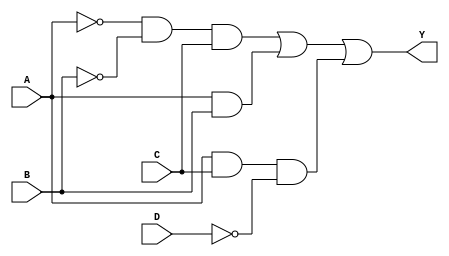
module sop_logic (
    input wire A,
    input wire B,
    input wire C,
    input wire D,
    output wire Y
);

// Intermediate signals for product terms
wire A_not, B_not, C_not, D_not;
wire term1, term2, term3;

// Invert the inputs
not (A_not, A);
not (B_not, B);
not (C_not, C);
not (D_not, D);

// Product terms
and (term1, A_not, B_not, C);  // A'B'C
and (term2, A, B);              // AB
and (term3, A, C, D_not);       // AC'D'

// Sum of products
or (Y, term1, term2, term3);    // Y = A'B'C + AB + AC'D'

endmodule